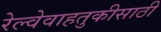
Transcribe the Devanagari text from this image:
रेल्वेवाहतुकीसाठी